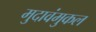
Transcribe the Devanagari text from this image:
मुदावंमुकल